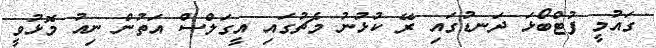
ގައުމީ ފުޓްބޯޅަ ދަނޑުގައި ރޭ ކުޅުނު މެޗުގައި އީގަލްސް އަތުން ނިއު މޮޅުވީ